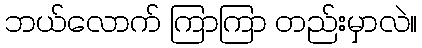
ဘယ်လောက် ကြာကြာ တည်းမှာလဲ။